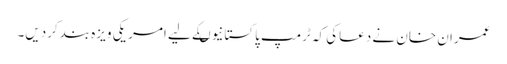
عمران خان نے دعاکی کہ ٹرمپ پاکستانیوںکے لیے امر یکی ویزہ بندکردیں۔